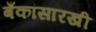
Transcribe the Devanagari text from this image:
बँकांसारखी